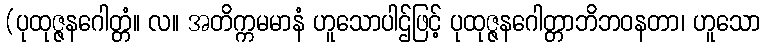
(ပုထုဇ္ဇနဂေါတ္တံ။ လ။ အတိက္ကမမာနံ ဟူသောပါဌ်ဖြင့် ပုထုဇ္ဇနဂေါတ္တာဘိဘဝနတာ၊ ဟူသော